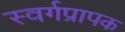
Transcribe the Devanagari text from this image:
स्वर्गप्रापक